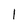
Character: 1